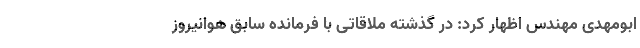
ابومهدی مهندس اظهار کرد: در گذشته ملاقاتی با فرمانده سابق هوانیروز